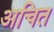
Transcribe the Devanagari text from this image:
अचित